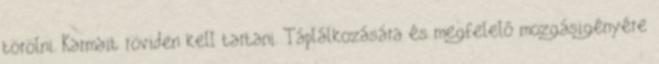
törölni. Karmait röviden kell tartani. Táplálkozására és megfelelő mozgásigényére